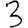
Digit: 3